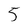
Character: 5